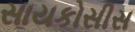
સાયકોસીસ